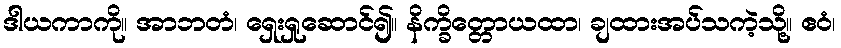
ဒါယကာကို။ အာဘတံ၊ ရှေးရှုဆောင်၍။ နိက္ခိတ္တောယထာ၊ ချထားအပ်သကဲ့သို့။ ဧဝံ၊